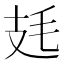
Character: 㲍